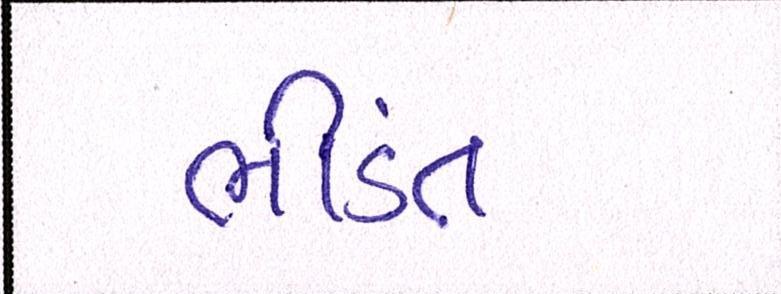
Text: ભીડંત